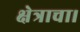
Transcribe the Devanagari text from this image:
क्षेत्राचा।